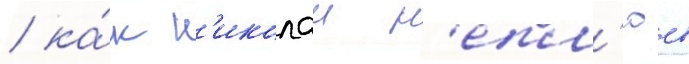
/ ка́к н'иколаи н'епл'юев